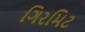
ગિરમિટ